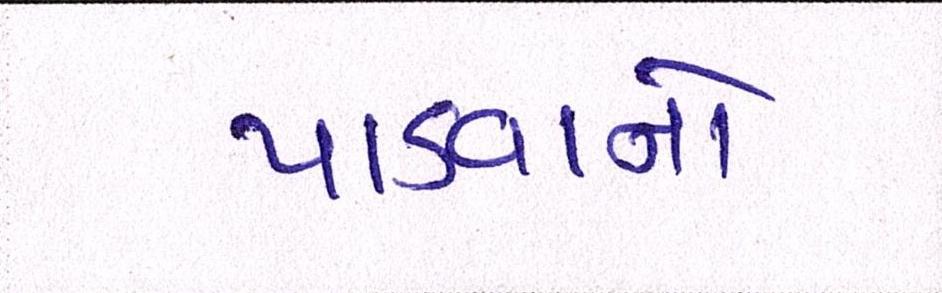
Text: પાડવાનો